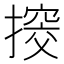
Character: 𢲷